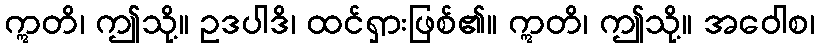
ဣတိ၊ ဤသို့။ ဥဒပါဒိ၊ ထင်ရှားဖြစ်၏။ ဣတိ၊ ဤသို့။ အဝေါစ၊